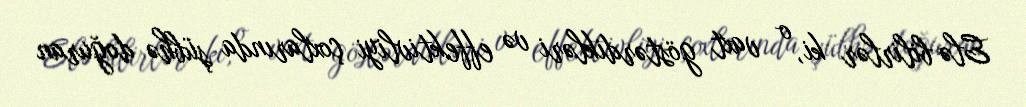
Elə bilirlər ki, o vaxt göstərdikləri və effektivliyi çoxlarında şübhə doğuran